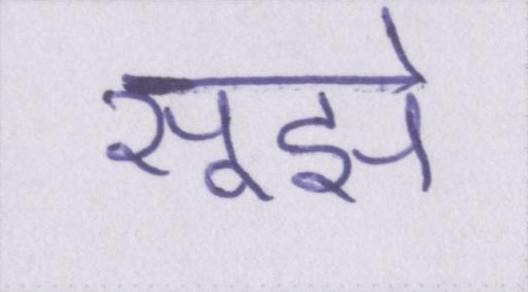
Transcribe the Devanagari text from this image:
सूझे